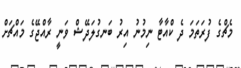
މެޗްގެ ފުރަތަމަ ދެ ކްއާޓާ ނިމުނު އިރު ބަނގުލަދޭޝް ވަނީ ރާއްޖޭގެ މައްޗަށް